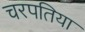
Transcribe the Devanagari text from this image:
चरपतिया